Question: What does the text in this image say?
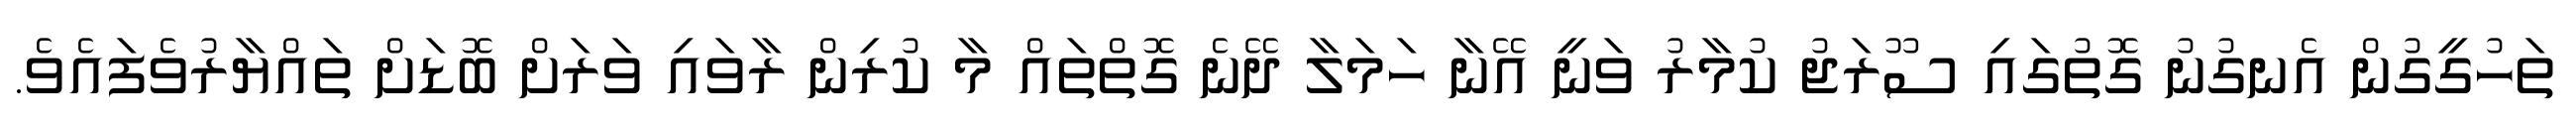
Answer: ތަހުގީގުން އެނގުނު ގޮތުގައި ސޫރަޖު ކުމާރު ވަނީ އޭނާ ހަމަލާ ދޭނެ ގޮތްތައް މާ ކުރިން ރާވައި ވަރަށް ބޮޑަށް ތައްޔާރުވެފައެވެ.